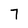
Character: 7